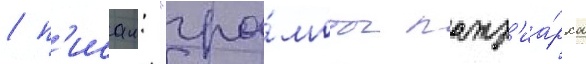
/ п'исал: "гра́моты патр'иа́рха